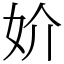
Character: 妎